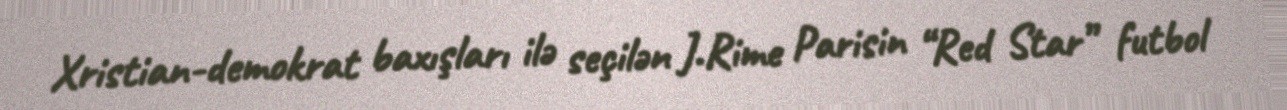
Xristian-demokrat baxışları ilə seçilən J.Rime Parisin “Red Star” futbol